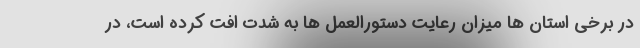
در برخی استان ها میزان رعایت دستورالعمل ها به شدت افت کرده است، در